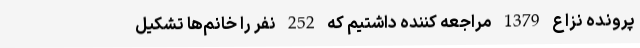
پرونده نزاع 1379 مراجعه کننده داشتیم که 252 نفر را خانم‌ها تشکیل